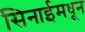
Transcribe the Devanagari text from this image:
सिनाईमधून